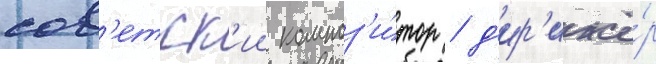
сов'етск'ии композ'и́тор / д'ир'ижё́р